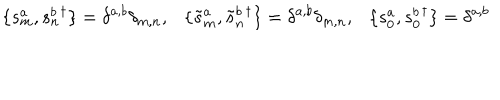
\{ s _ { m } ^ { a } , s _ { n } ^ { b } { } ^ { \dagger } \} = \delta ^ { a , b } \delta _ { m , n } , \{ \tilde { s } _ { m } ^ { a } , \tilde { s } _ { n } ^ { b } { } ^ { \dagger } \} = \delta ^ { a , b } \delta _ { m , n } , \{ s _ { 0 } ^ { a } , s _ { 0 } ^ { b } { } ^ { \dagger } \} = \delta ^ { a , b }